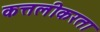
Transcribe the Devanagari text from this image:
कत्तलीकरता